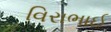
વિરાભાઈ